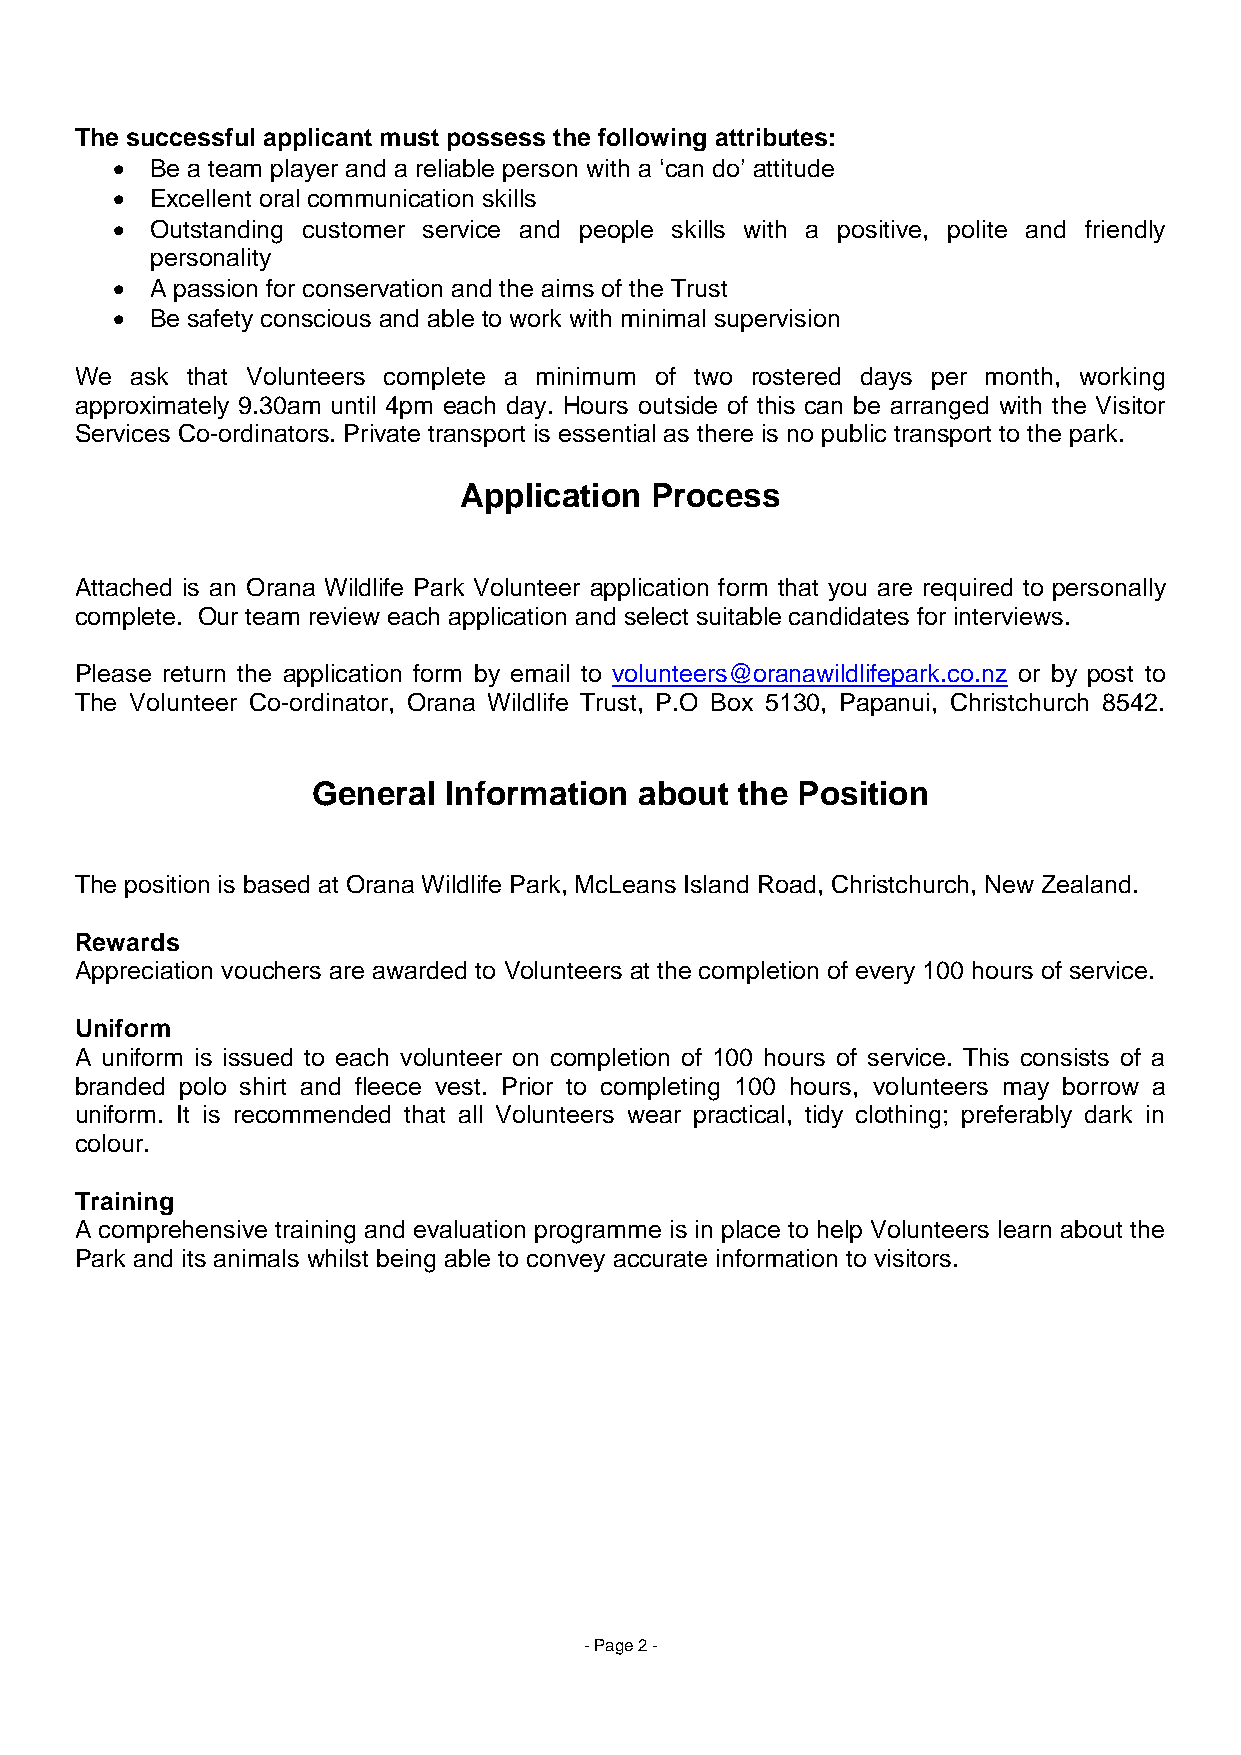
The successful applicant must possess the following attributes:
   Be a team player and a reliable person with a ‘can do’ attitude
   Excellent oral communication skills
   Outstanding customer service and people skills with a positive, polite and friendly
 personality
   A passion for conservation and the aims of the Trust
   Be safety conscious and able to work with minimal supervision
 We  ask that Volunteers complete a minimum of two rostered days per month, working
 approximately 9.30am until 4pm each day. Hours outside of this can be arranged with the Visitor
 Services Co-ordinators. Private transport is essential as there is no public transport to the park.
 Application  Process
 Attached is an Orana Wildlife Park Volunteer application form that you are required to personally
 complete. Our team review each application and select suitable candidates for interviews.
 Please return the application form by email to volunteers@oranawildlifepark.co.nz or by post to
 The Volunteer Co-ordinator, Orana Wildlife Trust, P.O Box 5130, Papanui, Christchurch 8542.
 General Information  about  the Position
 The position is based at Orana Wildlife Park, McLeans Island Road, Christchurch, New Zealand.
 Rewards
 Appreciation vouchers are awarded to Volunteers at the completion of every 100 hours of service.
 Uniform
 A uniform is issued to each volunteer on completion of 100 hours of service. This consists of a
 branded polo shirt and fleece vest. Prior to completing 100 hours, volunteers may borrow a
 uniform. It is recommended that all Volunteers wear practical, tidy clothing; preferably dark in
 colour.
 Training
 A comprehensive training and evaluation programme is in place to help Volunteers learn about the
 Park and its animals whilst being able to convey accurate information to visitors.
 - Page 2 -